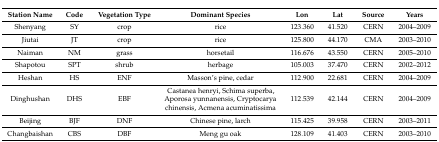
<table><thead><tr><td><b>Station Name</b></td><td><b>Code</b></td><td><b>Vegetation Type</b></td><td><b>Dominant Species</b></td><td><b>Lon</b></td><td><b>Lat</b></td><td><b>Source</b></td><td><b>Years</b></td></tr></thead><tbody><tr><td>Shenyang</td><td>SY</td><td>crop</td><td>rice</td><td>123.360</td><td>41.520</td><td>CERN</td><td>2004–2009</td></tr><tr><td>Jiutai</td><td>JT</td><td>crop</td><td>rice</td><td>125.800</td><td>44.170</td><td>CMA</td><td>2003–2010</td></tr><tr><td>Naiman</td><td>NM</td><td>grass</td><td>horsetail</td><td>116.676</td><td>43.550</td><td>CERN</td><td>2005–2010</td></tr><tr><td>Shapotou</td><td>SPT</td><td>shrub</td><td>herbage</td><td>105.003</td><td>37.470</td><td>CERN</td><td>2002–2012</td></tr><tr><td>Heshan</td><td>HS</td><td>ENF</td><td>Masson’s pine, cedar</td><td>112.900</td><td>22.681</td><td>CERN</td><td>2004–2009</td></tr><tr><td>Dinghushan</td><td>DHS</td><td>EBF</td><td>Castanea henryi, Schima superba, Aporosa yunnanensis, Cryptocarya chinensis, Acmena acuminatissima</td><td>112.539</td><td>42.144</td><td>CERN</td><td>2004–2009</td></tr><tr><td>Beijing</td><td>BJF</td><td>DNF</td><td>Chinese pine, larch</td><td>115.425</td><td>39.958</td><td>CERN</td><td>2003–2011</td></tr><tr><td>Changbaishan</td><td>CBS</td><td>DBF</td><td>Meng gu oak</td><td>128.109</td><td>41.403</td><td>CERN</td><td>2003–2010</td></tr></tbody></table>